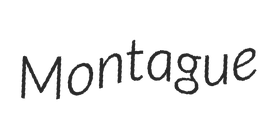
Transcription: Montague